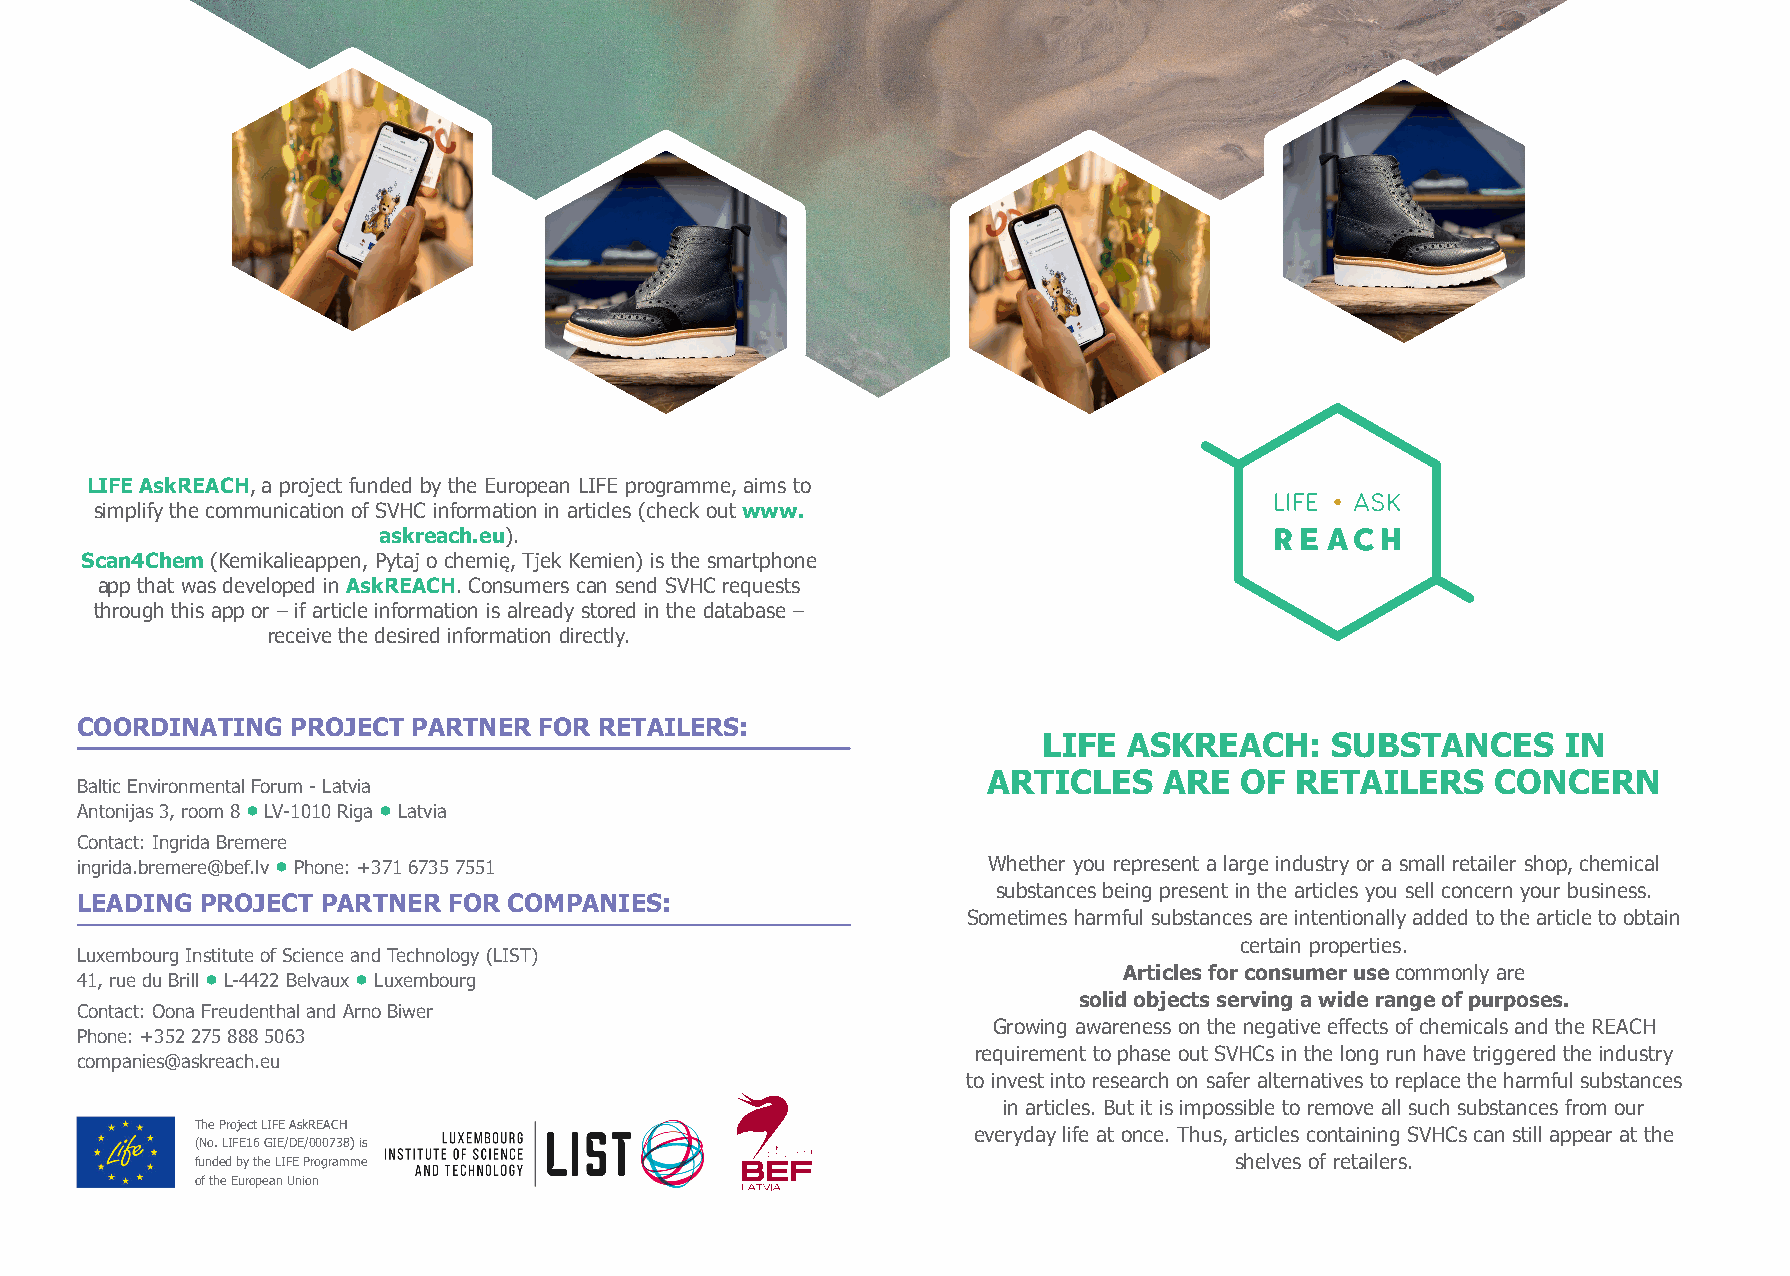
LIFE AskREACH, a project funded by the European LIFE programme, aims to
 simplify the communication of SVHC information in articles (check out www.
 askreach.eu).
 Scan4Chem (Kemikalieappen, Pytaj o chemię, Tjek Kemien) is the smartphone
 app that was developed in AskREACH. Consumers can send SVHC requests
 through this app or – if article information is already stored in the database –
 receive the desired information directly.
 COORDINATING  PROJECT PARTNER  FOR RETAILERS:
 LIFE  ASKREACH:    SUBSTANCES      IN
 ARTICLES    ARE  OF  RETAILERS    CONCERN
 Baltic Environmental Forum - Latvia
 Antonijas 3, room 8  LV-1010 Riga  Latvia
 Contact: Ingrida Bremere
 ingrida.bremere@bef.lv  Phone: +371 6735 7551              Whether you represent a large industry or a small retailer shop, chemical
 substances being present in the articles you sell concern your business.
 LEADING PROJECT PARTNER  FOR COMPANIES:
 Sometimes harmful substances are intentionally added to the article to obtain
 certain properties.
 Luxembourg Institute of Science and Technology (LIST)
 Articles for consumer use commonly are
 41, rue du Brill  L-4422 Belvaux  Luxembourg
 solid objects serving a wide range of purposes.
 Contact: Oona Freudenthal and Arno Biwer
 Growing awareness on the negative effects of chemicals and the REACH
 Phone: +352 275 888 5063
 requirement to phase out SVHCs in the long run have triggered the industry
 companies@askreach.eu
 to invest into research on safer alternatives to replace the harmful substances
 in articles. But it is impossible to remove all such substances from our
 The Project LIFE AskREACH
 everyday life at once. Thus, articles containing SVHCs can still appear at the
 (No. LIFE16 GIE/DE/000738) is
 funded by the LIFE Programme                                         shelves of retailers.
 of the European Union